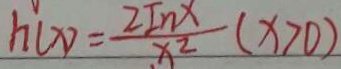
h ( x ) = \frac { 2 I n x } { x ^ { 2 } } ( x > 0 )